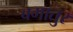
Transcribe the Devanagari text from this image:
बगातुर